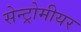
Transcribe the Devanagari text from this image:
सेन्ट्रोमीयर